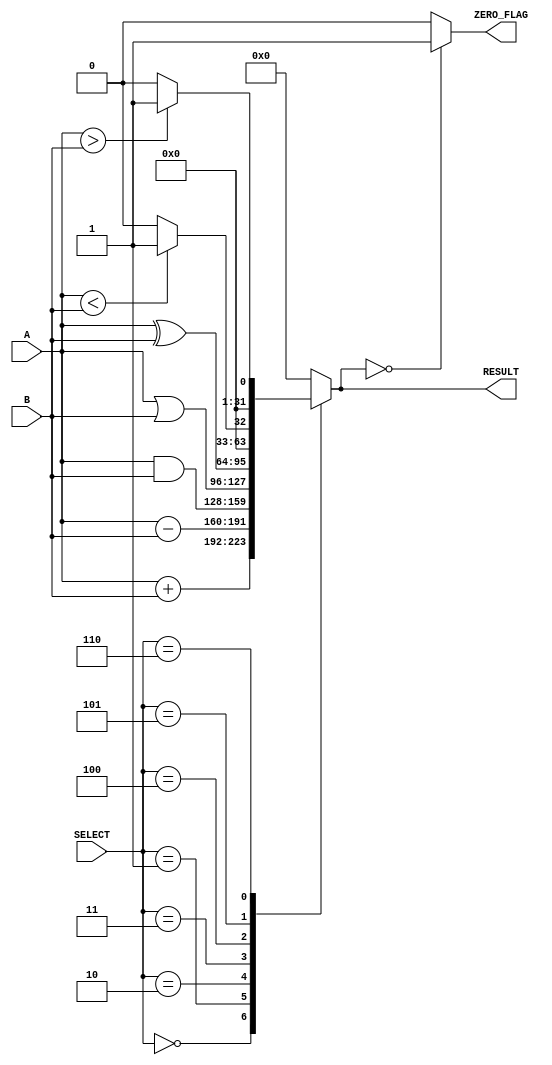
module parameterized_alu #(
    parameter DATA_WIDTH = 32, // Default data width
    parameter OPERATION_SET = 3 // Number of operations (e.g., 0: ADD, 1: SUB, 2: AND, 3: OR, 4: XOR, 5: LT, 6: GT)
)(
    input  [DATA_WIDTH-1:0] A,       // Operand A
    input  [DATA_WIDTH-1:0] B,       // Operand B
    input  [OPERATION_SET-1:0] SELECT, // Operation select signal
    output reg [DATA_WIDTH-1:0] RESULT, // Result of the operation
    output reg ZERO_FLAG             // Zero flag
);

// ALU operations
localparam ADD = 3'b000;
localparam SUB = 3'b001;
localparam AND = 3'b010;
localparam OR  = 3'b011;
localparam XOR = 3'b100;
localparam LT  = 3'b101;
localparam GT  = 3'b110;

always @(*) begin
    // Default values
    RESULT = 0;
    ZERO_FLAG = 0;

    case (SELECT)
        ADD: RESULT = A + B;
        SUB: RESULT = A - B;
        AND: RESULT = A & B;
        OR:  RESULT = A | B;
        XOR: RESULT = A ^ B;
        LT:  RESULT = (A < B) ? 1 : 0; // Result is 1 if A < B, else 0
        GT:  RESULT = (A > B) ? 1 : 0; // Result is 1 if A > B, else 0
        default: RESULT = 0; // Default case
    endcase

    // Set the zero flag
    ZERO_FLAG = (RESULT == 0) ? 1 : 0;
end

endmodule